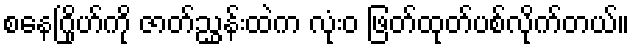
စနေဂြိုဟ်ကို ဇာတ်ညွှန်းထဲက လုံးဝ ဖြတ်ထုတ်ပစ်လိုက်တယ်။